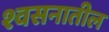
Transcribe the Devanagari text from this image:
श्वसनातील